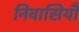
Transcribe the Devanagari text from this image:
निवासियौं